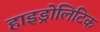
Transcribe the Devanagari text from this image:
हाइड्रोलिटिक